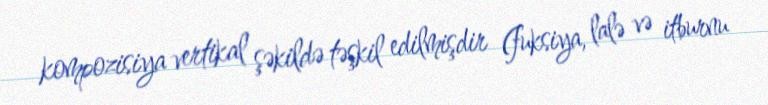
kompozisiya vertikal şəkildə təşkil edilmişdir (fuksiya, lalə və itburnu